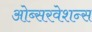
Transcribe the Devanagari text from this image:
ओब्सरवेशन्स